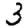
Digit: 3